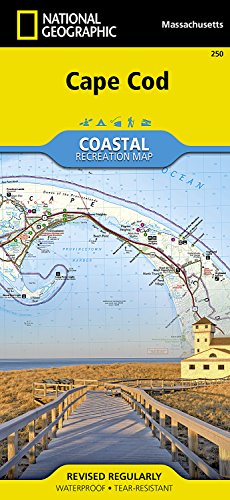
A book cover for Cape Cod (National Geographic Trails Illustrated Map); National Geographic Maps - Trails Illustrated; Travel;